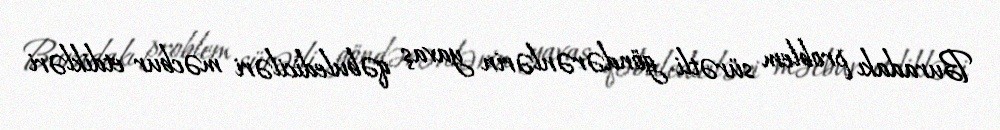
Buradakı problem sürətli göndərənlərin yavaş qəbulediciləri məcbur etdikləri